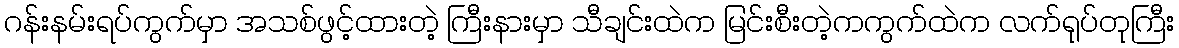
ဂန်းနမ်းရပ်ကွက်မှာ အသစ်ဖွင့်ထားတဲ့ ကြီးနားမှာ သီချင်းထဲက မြင်းစီးတဲ့ကကွက်ထဲက လက်ရုပ်တုကြီး